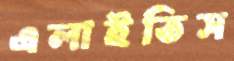
এলাইতিস